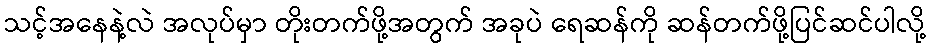
သင့်အနေနဲ့လဲ အလုပ်မှာ တိုးတက်ဖို့အတွက် အခုပဲ ရေဆန်ကို ဆန်တက်ဖို့ပြင်ဆင်ပါလို့